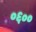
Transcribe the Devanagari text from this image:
०६००